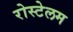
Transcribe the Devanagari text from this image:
रोस्टेलम